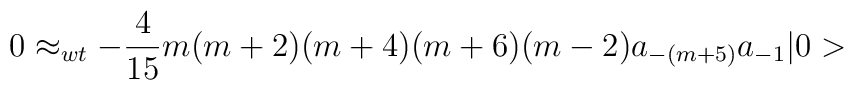
0 \approx_{wt} - \frac{4}{15} m (m+2) (m+4) (m+6) (m-2)  a_{-(m+5)} a_{-1} \vert 0 >